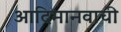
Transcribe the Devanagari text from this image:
आदिमानवाची